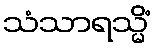
သံသာရသ္မိံ